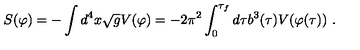
S ( \varphi ) = - \int d ^ { 4 } x \sqrt { g } V ( \varphi ) = - { 2 \pi ^ { 2 } \int _ { 0 } ^ { \tau _ { f } } d \tau b ^ { 3 } ( \tau ) V ( \varphi ( \tau ) ) } \ .